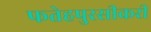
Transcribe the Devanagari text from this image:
फतेहपुरसीकरी